Report on vaccination in Madras 1877-1894 - 1877-1894
Year: 1877
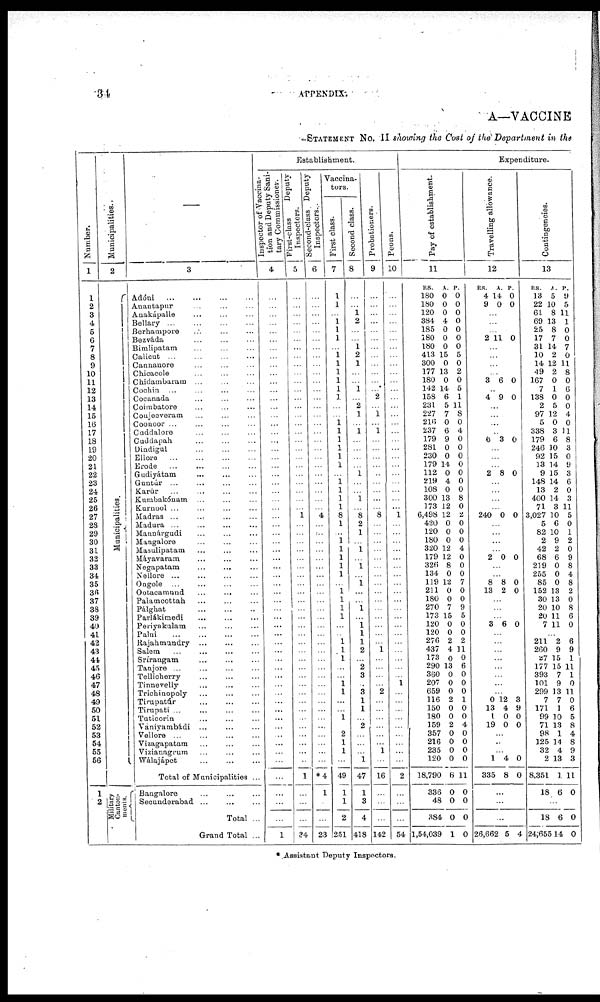
34
APPENDIX.
A—VACCINE
STATEMENT No. II showing the Cost of the Department in the
Number.
1
1
2
3
4
5
6
7
8
9
10
11
12
13
14
15
16
17
18
19
20
21
22
23
24
25
26
27
28
29
30
31
32
33
34
35
36
37
38
39
40
41
42
43
44
45
46
47
48
49
50
51
52
53
54
55
56
1
2
Municipalities.
2
Municipalities.
Military
Canton-
ments.
—
3
Adóni
...
...
...
...
Anantapur ... ... ...
Anakápalle ... ... ...
Bellary ... ... ... ...
Berhampore ... ... ...
Bezváda ... ... ...
Bimlipatam ... ... ...
Calicut ... ... ... ...
Cannanore ... ... ...
Chicacole ... ... ...
Chidambaram ... ... ...
Cochin ... ... ... ...
Cocanada ... ... ...
Coimbatore ... ... ...
Conjeeveram ... ... ...
Coonoor ... ... ... ...
Cuddalore ... ... ...
Cuddapah ... ... ...
Dindigul ... ... ...
Ellore
...
...
...
...
Erode ... ... ...
Gudiyátam
...
...
...
Guntúr ... ... ... ...
Karúr ... ... ...
Kumbakónam ... ... ...
Kurnool ... ... ... ...
Madras ... ... ... ...
Madura ... ... ... ...
Mannárgudi ... ... ...
Mangalore ... ... ...
Masulipatam ... ... ...
Máyavaram ... ... ...
Negapatam ... ... ...
Nellore ... ... ... ...
Ongole ... ... ... ...
Ootacamund ... ... ...
Palamcottah ... ... ...
Pálghat
...
...
...
Parlákimedi ... ... ...
Periyakulam ... ... ...
Palni
...
...
...
...
Rajahmundry ... ... ...
Salem ... ... ... ...
Srirangam ... ... ...
Tanjore
...
...
...
...
Tellicherry ... ... ...
Tinnevelly ... ... ...
Trichinopoly ... ... ...
Tirupatúr ... ... ...
Tirupati ... ... ... ...
Tuticorin ... ... ...
Vániyambádi ... ... ...
Vellore ... ... ... ...
Vizagapatam ... ... ...
Vizianagrum ... ... ...
Wálajápet ... ... ...
Total of Municipalities ...
Bangalore ... ... ...
Secunderabad ... ... ...
Total ...
Grand Total ...
Establishment.
Inspector of Vaccina-
tion and Deputy Sani-
tary Commissioner.
4
...
...
...
...
...
...
...
...
...
...
...
...
...
...
...
...
...
...
...
...
...
...
...
...
...
...
...
...
...
...
...
...
...
...
...
...
...
...
...
...
...
...
...
...
...
...
...
...
...
...
...
...
...
...
...
...
...
...
...
...
1
First-class
Deputy
Inspectors.
5
...
...
...
...
...
...
...
...
...
...
...
...
...
...
...
...
...
...
...
...
...
...
...
...
...
...
1
...
...
...
...
...
...
...
...
...
...
...
...
...
...
...
...
...
...
...
...
...
...
...
...
...
...
...
...
...
1
...
...
...
34
Second-class. Deputy
Inspectors.
6
...
...
...
...
...
...
...
...
...
...
...
...
...
...
...
...
...
...
...
...
...
...
...
...
...
...
4
...
...
...
...
...
...
...
...
...
...
...
...
...
...
...
...
...
...
...
...
...
...
...
...
...
...
...
...
...
*4
1
...
...
23
Vaccina-
tors.
First class.
7
1
1
...
1
1
1
...
1
1
1
1
1
1
...
...
1 1
1
1
1
1
...
1 1
1
1
8
1
...
1 1
1
1
1
...
1 1
1
1
...
...
1 1
1
...
...
1
1
...
...
1
...
2
1
1
...
49
1
1
2
251
Second class.
8
...
...
1
2
...
...
1
2
1
...
...
1
...
2
1
...
1
...
...
...
...
1
...
...
1
...
8
2
1
...
1
...
1
...
1
...
...
1
...
1
1
1
2
...
2
3
...
3
1
1
...
2
...
...
...
1
47
1
3
4
418
Probationers.
9
...
...
...
...
...
...
...
...
...
...
...
...
2
...
1
...
1
...
...
...
...
...
...
...
...
...
8
...
...
...
...
...
...
...
...
...
...
...
...
...
...
...
1
...
...
...
...
2
...
...
...
...
...
...
1
...
16
...
...
...
142
Peons.
10
...
...
...
...
...
...
...
...
...
...
...
...
...
...
...
...
...
...
...
...
...
...
...
...
...
...
1
...
...
...
...
...
...
...
...
...
...
...
...
...
...
...
...
...
...
...
1
...
...
...
...
...
...
...
...
...
2
...
...
...
54
Expenditure.
Pay of establishment.
11
RS.
180
180
120
384
185
180
180
413
300
177
180
142
158
231
227
216
237
179
281
230
179
112
219
108
300
173
6,498
420
120
180
320
179
326
134
119
211
180
270
173
120
120
276
437
173
290
360
207
659
116
150
180
159
357
216
235
120
18,790
336
48
384
1,54,039
A.
0
0
0
4
0
0
0
15
0
13
0
14
6
5
7
0
6
9
0
0
14
0
4
0
13
12
12
0
0
0
12
12
8
0
12
0
0
7
15
0
0
2
4
0
13
0
0
0
2
0
0
2
0
0
0
0
6
0
0
0
1
P.
0
0
0
0
0
0
0
5
0
2
0
5
1
11
8
0
4
0
0
0
0
0
0
0
8
0
2
0
0
0
4
0
0
0
7
0
0
9
5
0
0
2
11
0
6
0
0
0
1
0
0
4
0
0
0
0
11
0
0
0
0
Travelling allowance.
12
RS.
4
9
A.
14
0
P.
0
0
...
...
...
2 11 0
...
...
...
...
3 6 0
...
4 9 0
...
...
...
...
6 3 0
...
...
...
2 8 0
...
...
...
...
240 0 0
...
...
...
...
2 0 0
...
...
8
13
8
2
0
0
...
...
...
3 6 0
...
...
...
...
...
...
...
...
0
13
1
19
12
4
0
0
3
9
0
0
...
...
...
1
335
4
8
0
0
...
...
...
26,662 5 4
Contingencies.
13
RS.
13
22
61
69
25
17
31
10
14
49
167
7
138
2
97
5
338
179
246
92
13
9
148
13
400
71
3,027
5
82
2
42
68
219
255
85
152
30
20
20
7
A.
5
10
8
13
8
7
14
2
12
2
0
1
0
5
12
0
3
6
10
15
14
15
14
2
14
3
10
6
10
9
2
6
0
0
0
13
13
10
11
11
P.
9
5
11
1
0
0
7
0
11
8
0
6
0
0
4
0
11
8
3
0
9
3
6
0
3
11
5
0
1
2
0
9
8
4
8
2
0
8
6
0
...
211
260
27
177
393
101
299
7
171
99
71
98
125
32
2
8,351
18
2
9
15
15
7
9
13
7
1
10
13
1
14
4
13
1
6
6
9
1
11
1
0
11
0
6
5
8
4
8
9
3
11
0
...
18
24,655
6
14
0
0
*Assistant Deputy Inspectors.